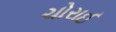
ચોરાઈ